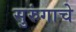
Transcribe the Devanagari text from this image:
सुरुंगाचे